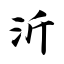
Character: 沂